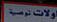
ولات